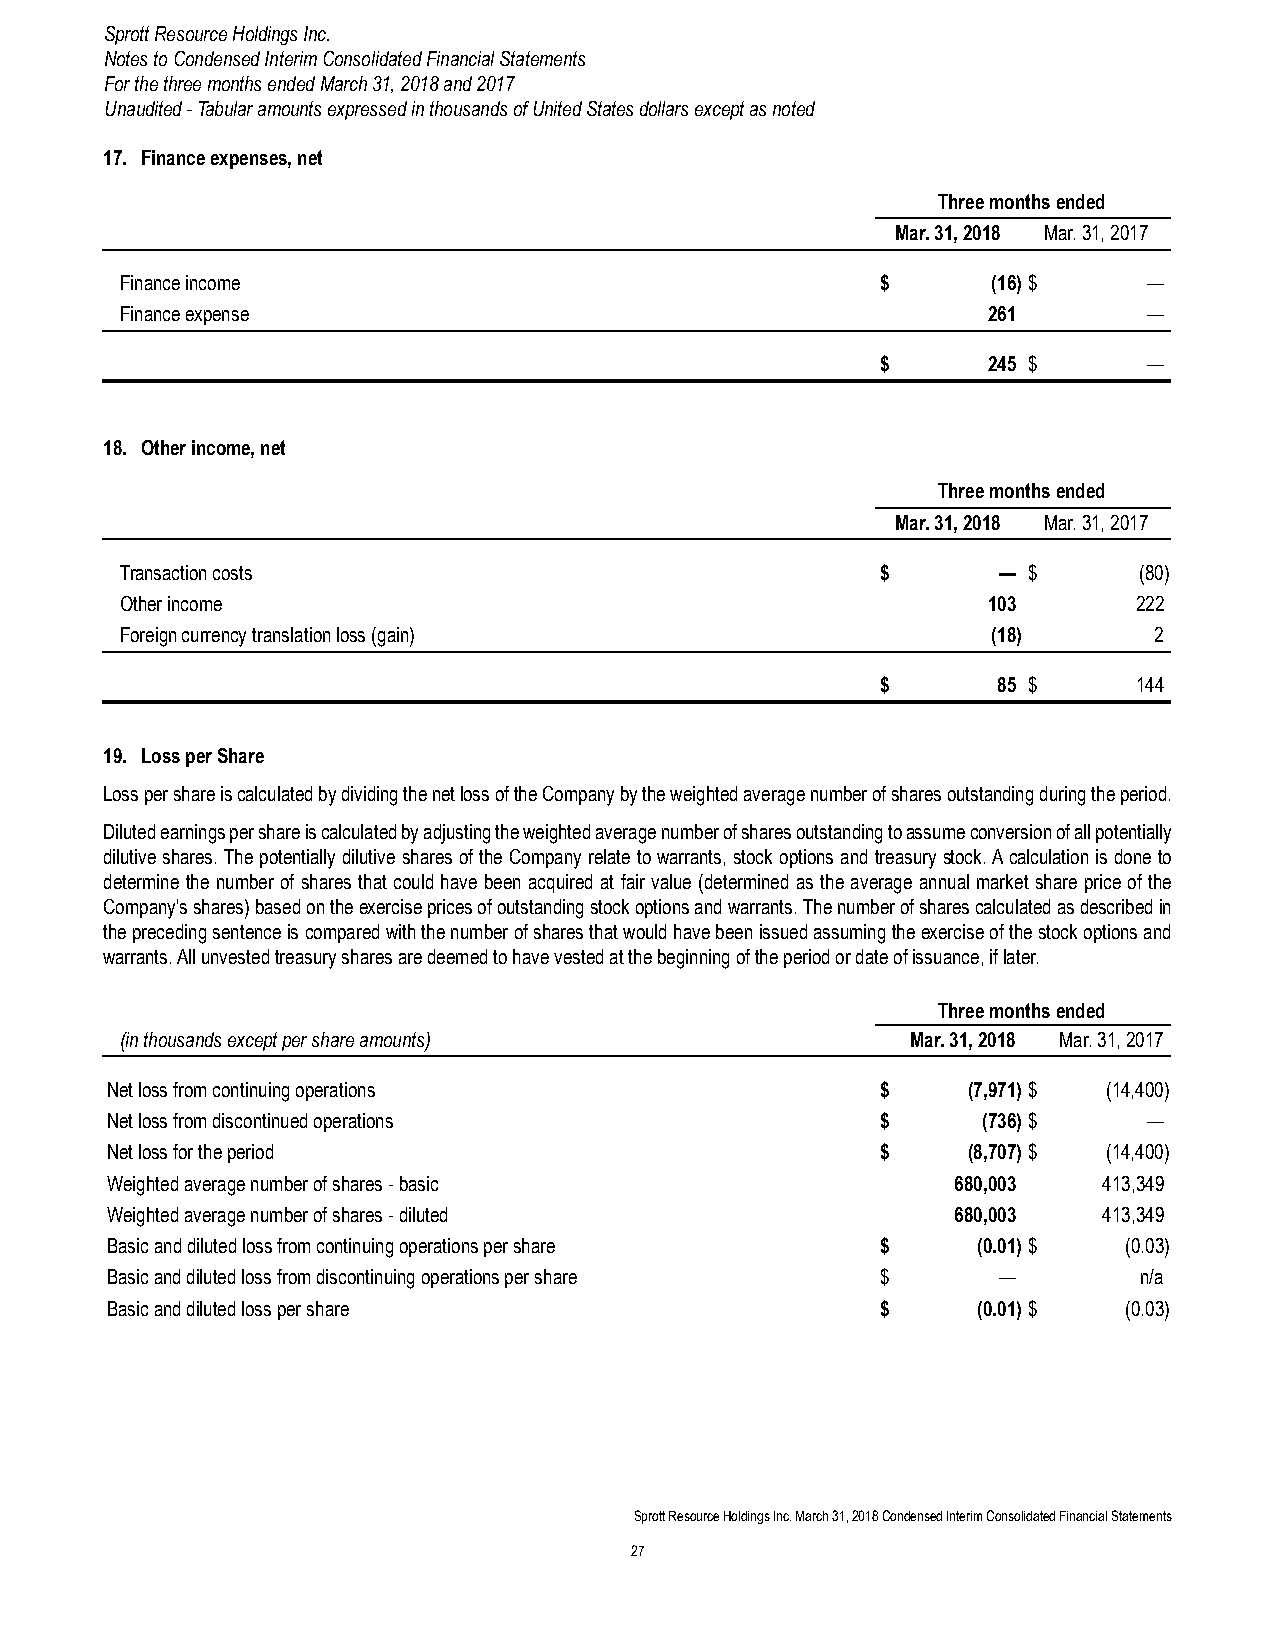
Sprott Resource Holdings Inc.
 Notes to Condensed Interim Consolidated Financial Statements
 For the three months ended March 31, 2018 and 2017
 Unaudited - Tabular amounts expressed in thousands of United States dollars except as noted
 17. Finance expenses, net
 Three months ended
 Mar. 31, 2018 Mar. 31, 2017
 Finance income                                    $       (16) $    —
 Finance expense                                          261        —
 $      245 $      —
 18. Other income, net
 Three months ended
 Mar. 31, 2018 Mar. 31, 2017
 Transaction costs                                 $       — $      (80)
 Other income                                             103       222
 Foreign currency translation loss (gain)                  (18)      2
 $       85 $     144
 19. Loss per Share
 Loss per share is calculated by dividing the net loss of the Company by the weighted average number of shares outstanding during the period.
 Diluted earnings per share is calculated by adjusting the weighted average number of shares outstanding to assume conversion of all potentially
 dilutive shares. The potentially dilutive shares of the Company relate to warrants, stock options and treasury stock. A calculation is done to
 determine the number of shares that could have been acquired at fair value (determined as the average annual market share price of the
 Company's shares) based on the exercise prices of outstanding stock options and warrants. The number of shares calculated as described in
 the preceding sentence is compared with the number of shares that would have been issued assuming the exercise of the stock options and
 warrants. All unvested treasury shares are deemed to have vested at the beginning of the period or date of issuance, if later.
 Three months ended
 (in thousands except per share amounts)             Mar. 31, 2018 Mar. 31, 2017
 Net loss from continuing operations                $     (7,971) $ (14,400)
 Net loss from discontinued operations              $      (736) $    —
 Net loss for the period                            $     (8,707) $ (14,400)
 Weighted average number of shares - basic               680,003   413,349
 Weighted average number of shares - diluted             680,003   413,349
 Basic and diluted loss from continuing operations per share $ (0.01) $ (0.03)
 Basic and diluted loss from discontinuing operations per share $ —  n/a
 Basic and diluted loss per share                   $      (0.01) $ (0.03)
 Sprott Resource Holdings Inc. March 31, 2018 Condensed Interim Consolidated Financial Statements
 27